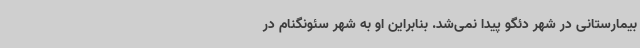
بیمارستانی در شهر دئگو پیدا نمی‌شد. بنابراین او به شهر سئونگنام در